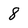
Character: 8